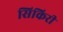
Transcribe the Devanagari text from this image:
सिकिरी